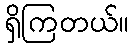
ရှိကြတယ်။